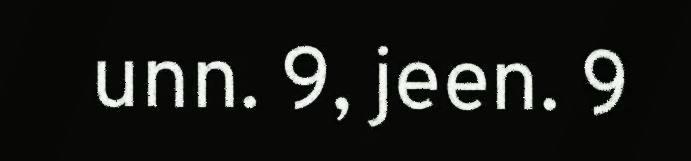
unn. 9, jeen. 9